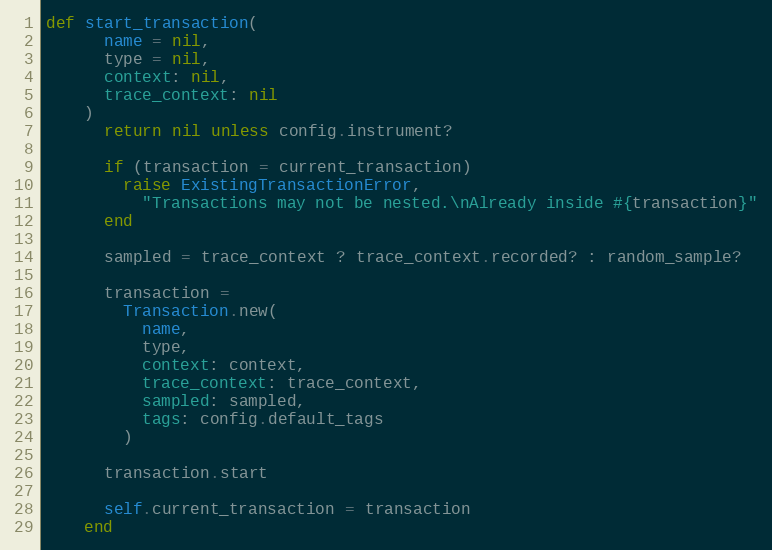
Language: Ruby
def start_transaction(
      name = nil,
      type = nil,
      context: nil,
      trace_context: nil
    )
      return nil unless config.instrument?

      if (transaction = current_transaction)
        raise ExistingTransactionError,
          "Transactions may not be nested.\nAlready inside #{transaction}"
      end

      sampled = trace_context ? trace_context.recorded? : random_sample?

      transaction =
        Transaction.new(
          name,
          type,
          context: context,
          trace_context: trace_context,
          sampled: sampled,
          tags: config.default_tags
        )

      transaction.start

      self.current_transaction = transaction
    end